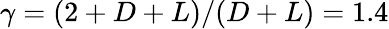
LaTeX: \gamma=(2+D+L)/(D+L)=1.4